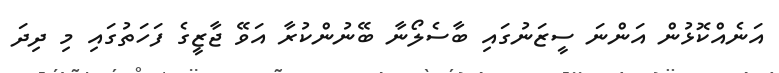
އަނެއްކޮޅުން އަންނަ ސީޒަނުގައި ބާސެލޯނާ ބޭނުންކުރާ އަވޭ ޖާޒީގެ ފަހަތުގައި މި ދިދަ